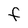
Character: F